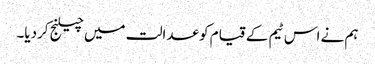
ہم نے اس ٹیم کے قیام کو عدالت میں چیلنج کردیا۔